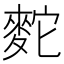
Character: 䴱